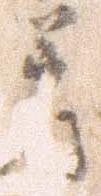
着